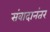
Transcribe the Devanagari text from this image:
संवादानंतर